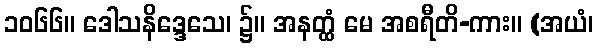
၁၀၆၆။ ဒေါသနိဒ္ဒေသေ၊ ၌။ အနတ္ထံ မေ အစရီတိ-ကား။ (အယံ၊